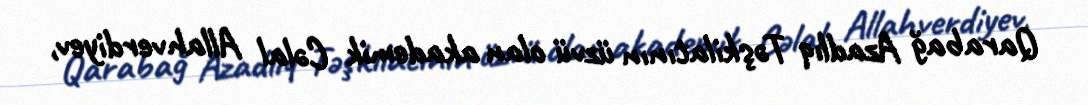
Qarabağ Azadlıq Təşkilatının üzvü olan akademik Cəlal Allahverdiyev,